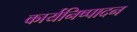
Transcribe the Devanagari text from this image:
कार्यनिष्‍पादन